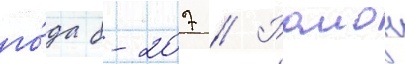
го́да б-207 // Раион